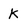
Character: K